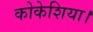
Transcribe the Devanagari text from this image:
कोकेशिया।